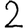
Digit: 2